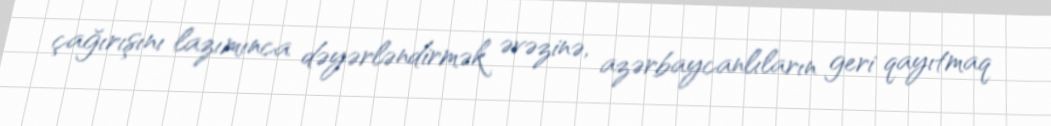
çağırışını lazımınca dəyərləndirmək əvəzinə, azərbaycanlıların geri qayıtmaq